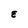
Character: E